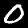
Label: 0